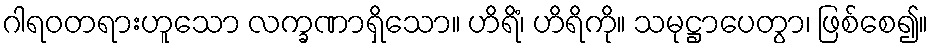
ဂါရဝတရားဟူသော လက္ခဏာရှိသော။ ဟိရိံ၊ ဟိရိကို။ သမုဋ္ဌာပေတွာ၊ ဖြစ်စေ၍။